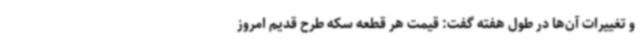
و تغییرات آن‌ها در طول هفته گفت: قیمت هر قطعه سکه طرح قدیم امروز